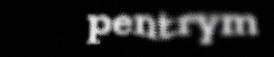
pentrym